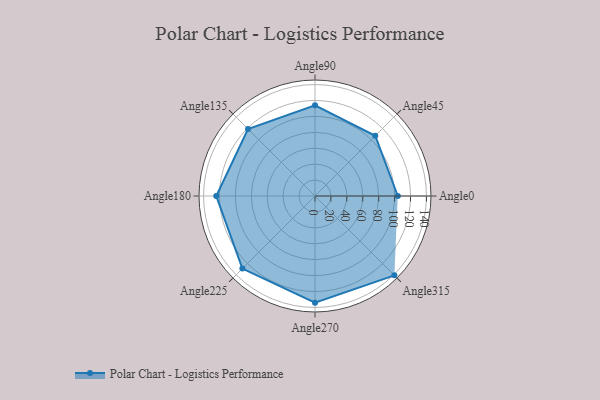
{"axis": {"x": "Angle", "y": "Radius"}, "legend": [""], "data": [{"x": "Angle0", "y": 104.0, "type": ""}, {"x": "Angle45", "y": 107.0, "type": ""}, {"x": "Angle90", "y": 114.0, "type": ""}, {"x": "Angle135", "y": 119.0, "type": ""}, {"x": "Angle180", "y": 124.0, "type": ""}, {"x": "Angle225", "y": 129.0, "type": ""}, {"x": "Angle270", "y": 134.0, "type": ""}, {"x": "Angle315", "y": 141.0, "type": ""}]}